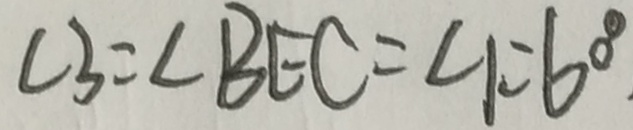
\angle 3 = \angle B E C = \angle 1 = 6 0 ^ { \circ }